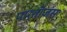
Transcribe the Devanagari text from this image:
पार्तीज़ंस